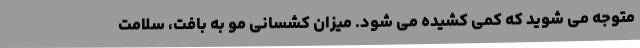
متوجه می شوید که کمی کشیده می شود. میزان کشسانی مو به بافت، سلامت